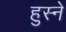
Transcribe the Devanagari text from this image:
हुस्ने